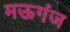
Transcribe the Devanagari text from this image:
मऊगंज